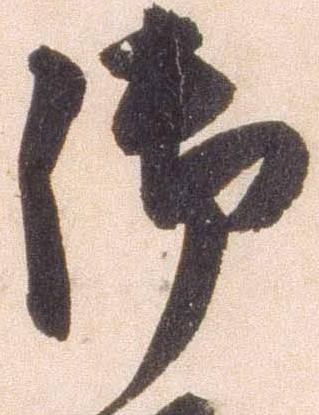
御